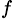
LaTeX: _f